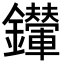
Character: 𨰀